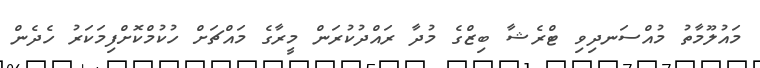
މައުލޫމާތު މުއްސަނދިވި ޓްރެޝާ ބިޒްގެ މުދާ ރައްދުކުރަން މީރާގެ މައްޗަށް ހުކުމްކޮށްފިމަކަރު ހެދެން